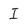
Character: I